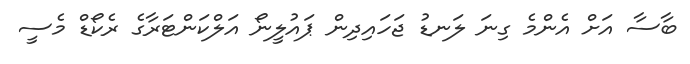
ބާސާ އަށް އެންމެ ގިނަ ލަނޑު ޖަހައިދިން ޕައުލީނޯ އަލްކަންޓަރާގެ ރެކޯޑް މެސީ